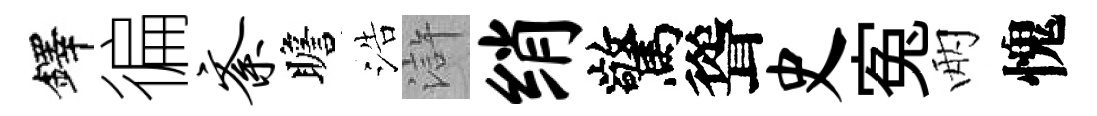
鐸徧紊瞻浩滸绡驚聳史寃兩愧